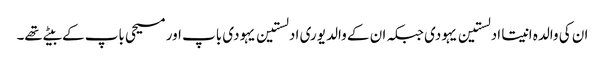
ان کی والدہ انیتا ادلستین یہودی جبکہ ان کے والد یوری ادلستین یہودی باپ اور مسیحی باپ کے بیٹے تھے۔